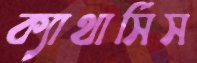
ক্যাথার্সিস